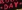
·DAY·